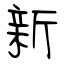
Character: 新